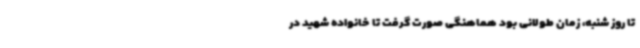
تا روز شنبه، زمان طولانی بود هماهنگی صورت گرفت تا خانواده شهید در